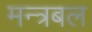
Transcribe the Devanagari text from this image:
मन्त्रबल